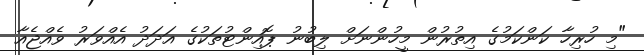
"މި ހުރިހާ ކަންކަމުގެ އިތުރުން މީހުންނަށް ލިބުނު ޕޮއިންޓުތަކުގެ އަދަދު އެއްވަރު ވެއްޖެއާ